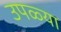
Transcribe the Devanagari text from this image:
उपळ्या